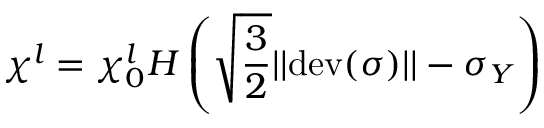
\chi ^ { l } = \chi _ { 0 } ^ { l } H \left( \sqrt { \frac { 3 } { 2 } } | | \mathrm { d e v } ( \boldsymbol \sigma ) | | - \sigma _ { Y } \right)